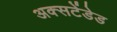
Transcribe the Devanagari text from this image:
अक्सटेंडेड